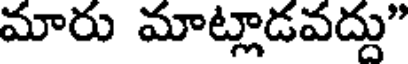
మారు మాట్లాడవద్దు"